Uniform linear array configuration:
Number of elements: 64
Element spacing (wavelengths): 0.5
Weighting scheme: cosine
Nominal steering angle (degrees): -15
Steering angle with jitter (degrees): -16.796
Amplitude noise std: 0.05
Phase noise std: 0.05

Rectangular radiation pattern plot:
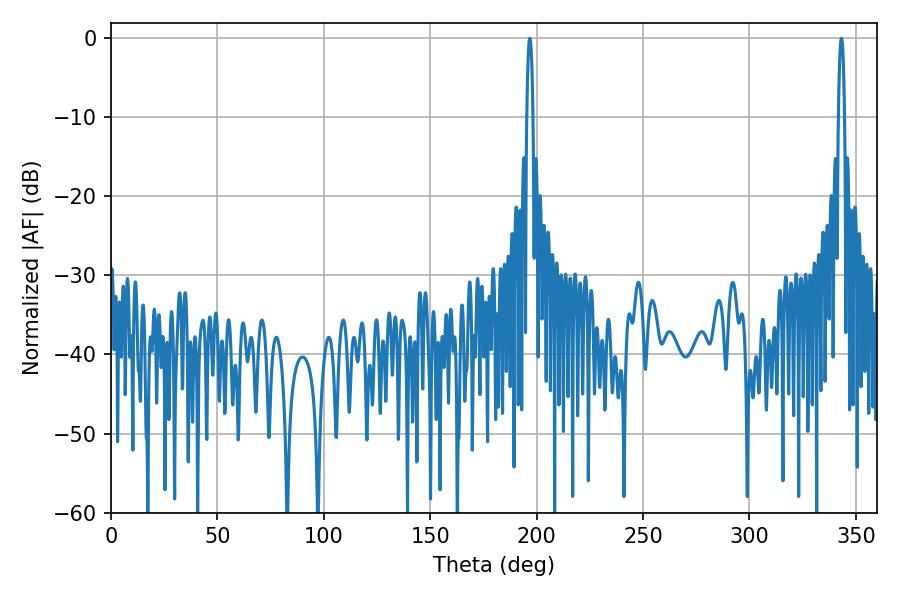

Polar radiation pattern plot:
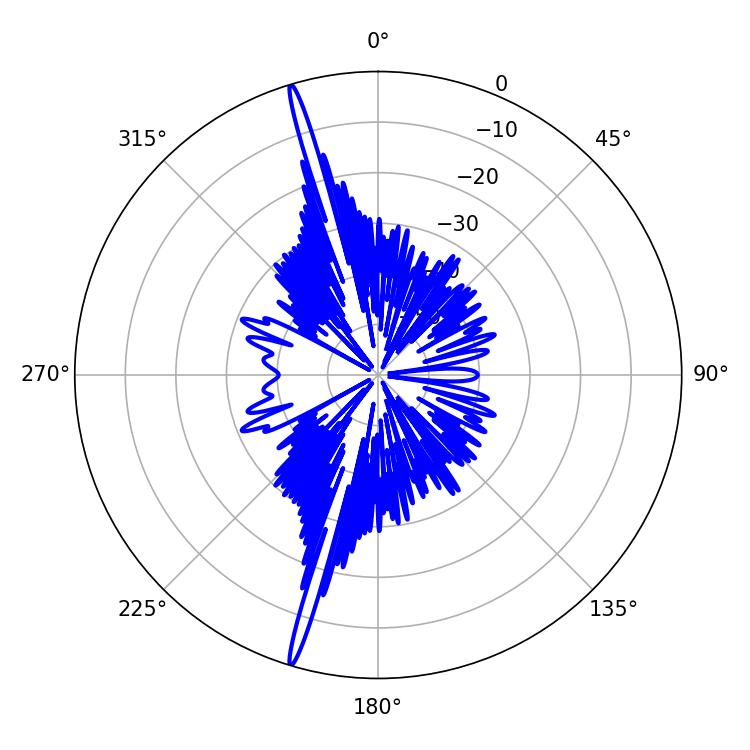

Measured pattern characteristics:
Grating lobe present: FALSE
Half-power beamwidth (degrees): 1.62
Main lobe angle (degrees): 196.74